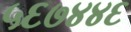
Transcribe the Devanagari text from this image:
५६७४४६